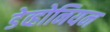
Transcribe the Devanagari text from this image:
डेव्होनियन